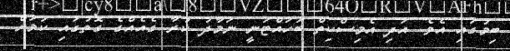
ބިމުގައި އެވެ. އަދި އެމިސްކިތް ބަހައްޓަނީ ނަމާދު ކުރާ ގެއެއްގެ ގޮތުގައި ކަމަށް